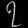
Digit: ၇